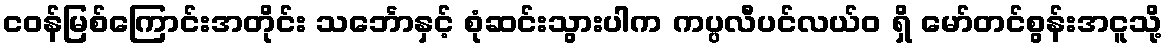
ငဝန်မြစ်ကြောင်းအတိုင်း သင်္ဘောနှင့် စုံဆင်းသွားပါက ကပ္ပလီပင်လယ်ဝ ရှိ မော်တင်စွန်းအငူသို့